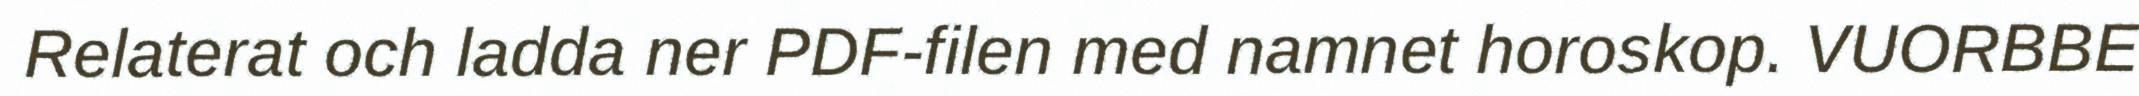
Relaterat och ladda ner PDF-filen med namnet horoskop. VUORBBE